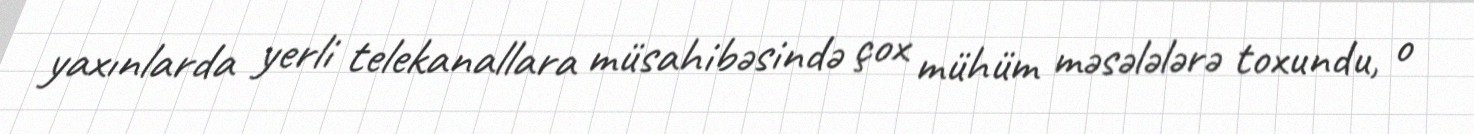
yaxınlarda yerli telekanallara müsahibəsində çox mühüm məsələlərə toxundu, o